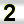
Digit: 2